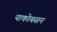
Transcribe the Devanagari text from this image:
याकोबसन